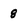
Character: 8